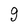
Character: 9